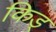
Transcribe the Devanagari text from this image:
किड्